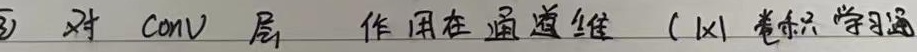
对 Conv 层 作用在通道维 (1×1 卷积学习通)